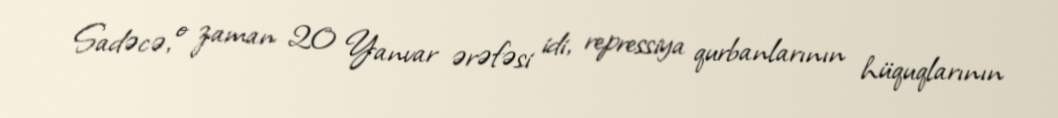
Sadəcə, o zaman 20 Yanvar ərəfəsi idi, repressiya qurbanlarının hüquqlarının